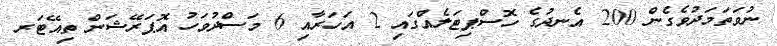
ނުވަތަމަދުވެގެން 200 އެނދުގެ ހޮސްޕިޓަލެއްގައި 2 އަހަރާއި 6 މަސްދުވަހު އޮޕަރޭޝަން ތިއޭޓަރ